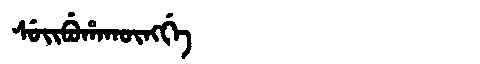
Manchu: ᠰᡠᡳᠪᡠᡥᠠᡴᡡᠩᡤᡝ
Romanization: SUIBUHAKŪNGGE